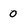
Character: 0